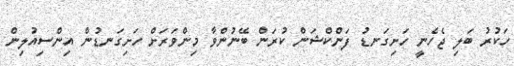
ހަކުރު ބަލި ޖެހެނީ ހަށިގަނޑު ފަންކްޝަން ކުރަން ބޭނުންވާ މިންވަރަށް ހަށިގަނޑުން އިންސިއުލިން